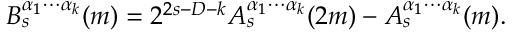
B _ { s } ^ { \alpha _ { 1 } \cdots \alpha _ { k } } ( m ) = 2 ^ { 2 s - D - k } A _ { s } ^ { \alpha _ { 1 } \cdots \alpha _ { k } } ( 2 m ) - A _ { s } ^ { \alpha _ { 1 } \cdots \alpha _ { k } } ( m ) .